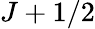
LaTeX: J+1/2